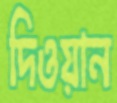
দিওয়ান